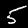
Digit: 5